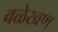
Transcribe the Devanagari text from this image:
वळेखण